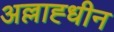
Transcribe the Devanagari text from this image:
अल्लाह्धीन